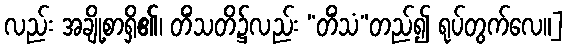
လည်း အချို့စာရှိ၏၊ တိံသတိ၌လည်း “တိံသံ”တည်၍ ရုပ်တွက်လေ။]